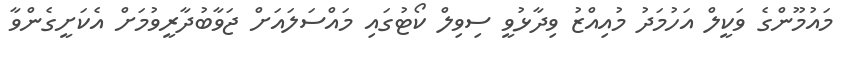
މައުމޫންގެ ވަކީލް އަހުމަދު މުއިއްޒު ވިދާޅުވީ ސިވިލް ކޯޓުގައި މައްސަލައަށް ޖަވާބުދާރީވުމަށް އެކަށީގެންވާ